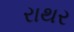
રાથર